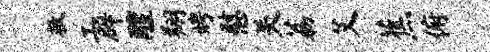
救工辟醴翔娉慰关荔艾蕉俯